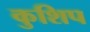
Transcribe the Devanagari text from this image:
कुशिप